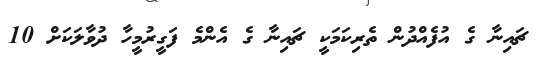
ޗައިނާ ގެ އުފެއްދުން ތެރިކަމަކީ ޗައިނާ ގެ އެންމެ ފަގީރުމީހާ ދުވާލަކަށް 10